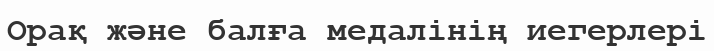
Орақ және балға медалінің иегерлері